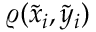
\varrho ( \tilde { x } _ { i } , \tilde { y } _ { i } )